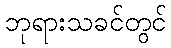
ဘုရားသခင်တွင်